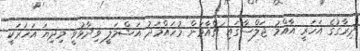
ދިރާގުގެ އަހަރީ އާއްމު ޖަލްސާގައި ޗެއާމަން މުހައްމަދު އަޝްމަލީ ވިދާޅުވީ މިދިޔަ އަހަރަކީ